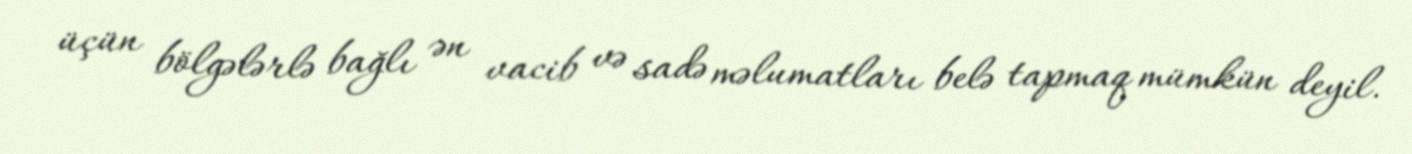
üçün bölgələrlə bağlı ən vacib və sadə məlumatları belə tapmaq mümkün deyil.